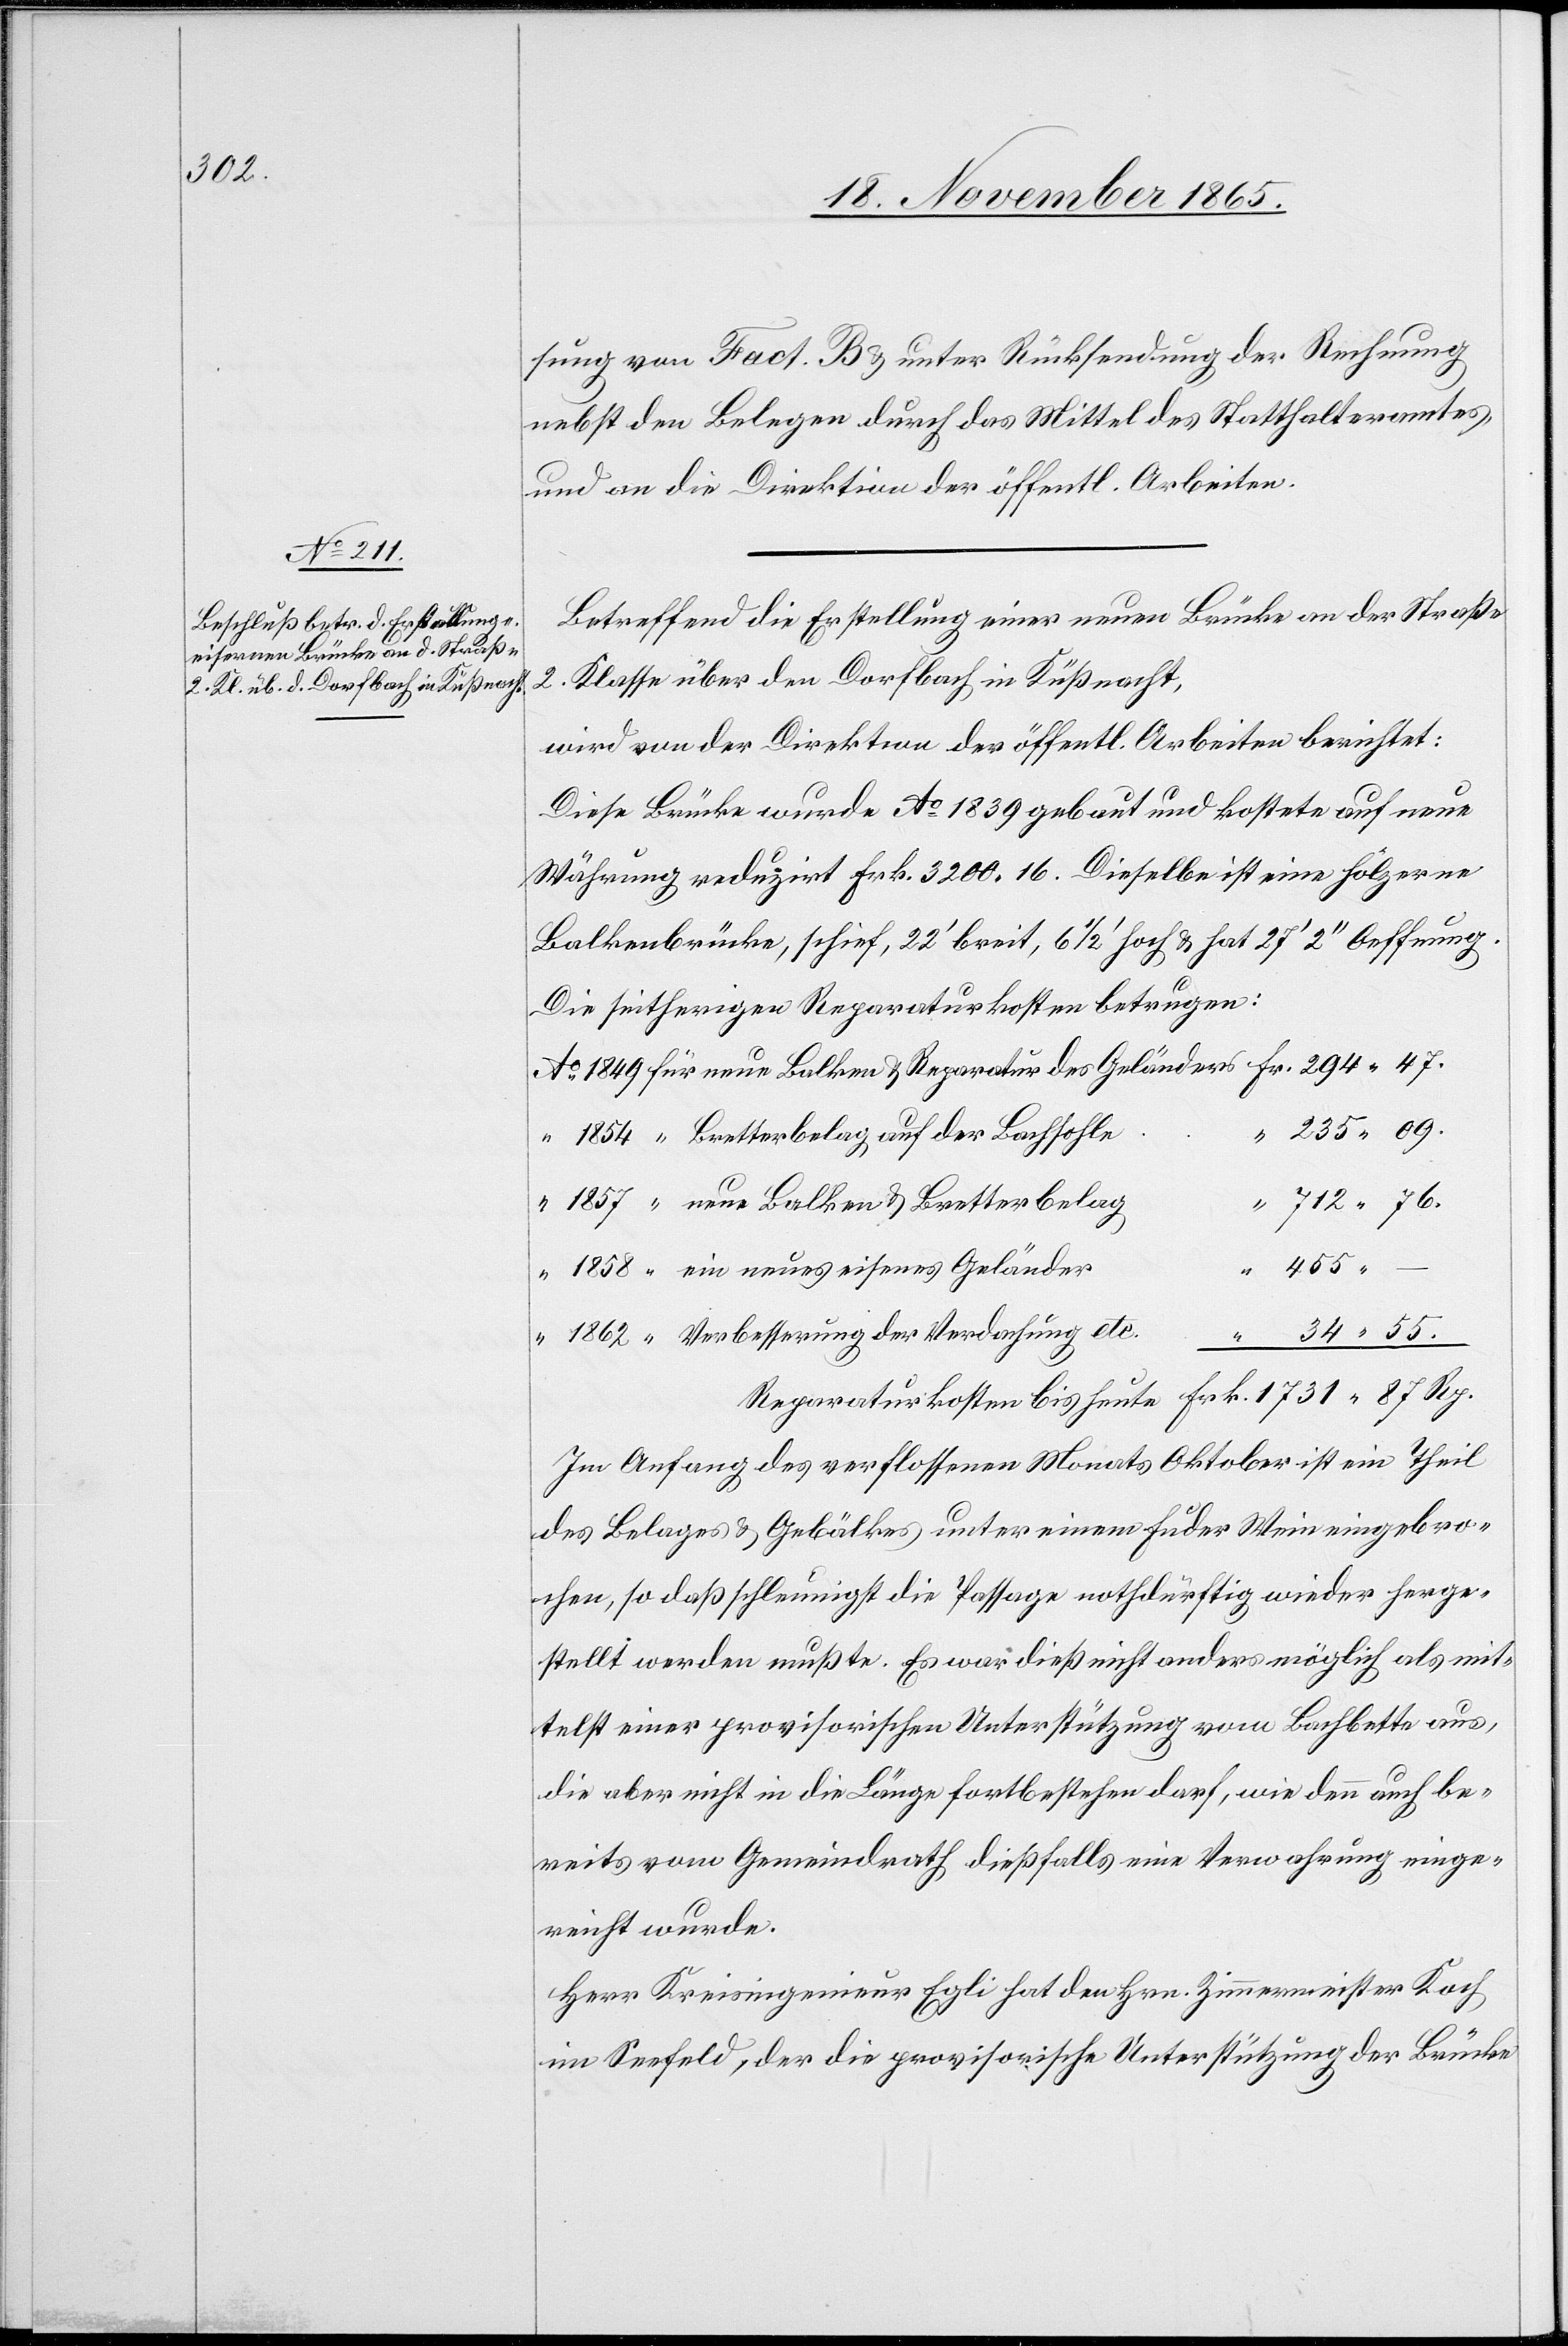
1862

sung von Fact. B & unter Rücksendung der Rechnung
nebst den Belegen durch das Mittel des Statthalteramtes,
und an die Direktion der öffentl. Arbeiten.
Betreffend die Erstellung einer Brücke an der Straße
2. Klasse über den Dorfbach in Küßnacht,
wird von der Direktion der öffentl. Arbeiten berichtet:
Diese Brücke wurde Ao 1839 gebaut und kostete auf neue
Währung reduzirt Frk. 3200.16. Dieselbe ist eine hölzerne
Balkenbrücke, schief, 22’ breit, 6 1/2’ hoch & hat 27’ 2’’ Oeffnung.
Die seitherigen Reparaturkosten betrugen:
235.09.
Bretterbelag auf der Bachsohle
“
712.76.
neue Balken & Bretterbelag
455.
ein neues eisernes Geländer
“
Verbesserung der Verdachung etc.
34.55.
Im Anfang des verflossenen Monats Oktober ist ein Theil
des Belages & Gebälkes unter einem Fuder Wein eingebro¬
chen, so daß schleunigst die Passage nothdürftig wieder herge¬
stellt werden mußte. Es war dieß nicht anders möglich als mit¬
telst einer provisorischen Unterstützung vom Bachbette aus,
die aber nicht in die Länge fortbestehen darf, wie denn auch be¬
reits vom Gemeindrath dießfalls eine Verwahrung einge¬
reicht wurde.
Herr Kreisingenieur Egli hat den Hrn. Zimmermeister Koch
im Seefeld, der die provisorische Unterstützung der Brücke